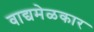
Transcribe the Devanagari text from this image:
वाद्यमेळकार